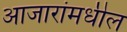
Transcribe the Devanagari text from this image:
आजारांमधील